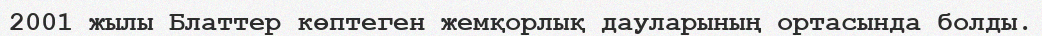
2001 жылы Блаттер көптеген жемқорлық дауларының ортасында болды.